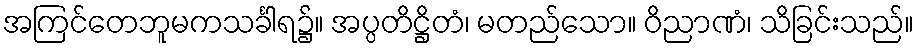
အကြင်တေဘူမကသင်္ခါရ၌။ အပ္ပတိဋ္ဌိတံ၊ မတည်သော။ ဝိညာဏံ၊ သိခြင်းသည်။